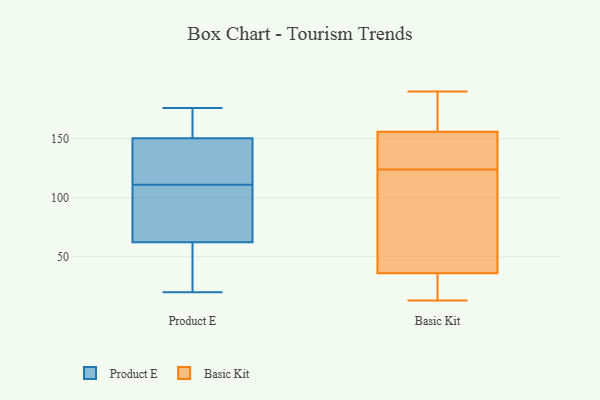
{"axis": {"x": "Temperature (°C)", "y": "Value"}, "legend": ["Basic Kit", "Product E"], "data": [{"x": "", "y": 62, "type": "Product E"}, {"x": "", "y": 62, "type": "Product E"}, {"x": "", "y": 111, "type": "Product E"}, {"x": "", "y": 176, "type": "Product E"}, {"x": "", "y": 63, "type": "Product E"}, {"x": "", "y": 20, "type": "Product E"}, {"x": "", "y": 60, "type": "Product E"}, {"x": "", "y": 133, "type": "Product E"}, {"x": "", "y": 117, "type": "Product E"}, {"x": "", "y": 169, "type": "Product E"}, {"x": "", "y": 99, "type": "Product E"}, {"x": "", "y": 99, "type": "Product E"}, {"x": "", "y": 151, "type": "Product E"}, {"x": "", "y": 149, "type": "Product E"}, {"x": "", "y": 165, "type": "Product E"}, {"x": "", "y": 45, "type": "Basic Kit"}, {"x": "", "y": 190, "type": "Basic Kit"}, {"x": "", "y": 127, "type": "Basic Kit"}, {"x": "", "y": 23, "type": "Basic Kit"}, {"x": "", "y": 159, "type": "Basic Kit"}, {"x": "", "y": 147, "type": "Basic Kit"}, {"x": "", "y": 177, "type": "Basic Kit"}, {"x": "", "y": 124, "type": "Basic Kit"}, {"x": "", "y": 45, "type": "Basic Kit"}, {"x": "", "y": 26, "type": "Basic Kit"}, {"x": "", "y": 172, "type": "Basic Kit"}, {"x": "", "y": 33, "type": "Basic Kit"}, {"x": "", "y": 71, "type": "Basic Kit"}, {"x": "", "y": 136, "type": "Basic Kit"}, {"x": "", "y": 13, "type": "Basic Kit"}]}